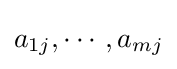
a_{1j},\cdots ,a_{mj}